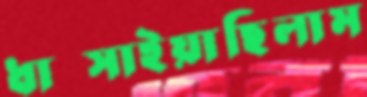
ধাম্‌সাইয়াছিলাম